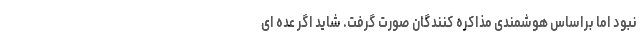
نبود اما براساس هوشمندی مذاکره کنندگان صورت گرفت. شاید اگر عده ای